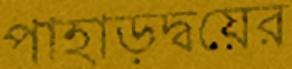
পাহাড়দ্বয়ের